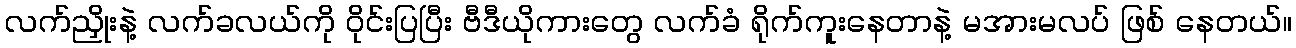
လက်ညှိုးနဲ့ လက်ခလယ်ကို ဝိုင်းပြပြီး ဗီဒီယိုကားတွေ လက်ခံ ရိုက်ကူးနေတာနဲ့ မအားမလပ် ဖြစ် နေတယ်။